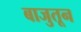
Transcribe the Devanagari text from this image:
बाजुतून